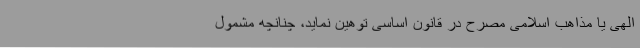
الهی یا مذاهب اسلامی مصرح در قانون اساسی توهین نماید، چنانچه مشمول